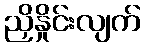
ညှိနှိုင်းလျက်